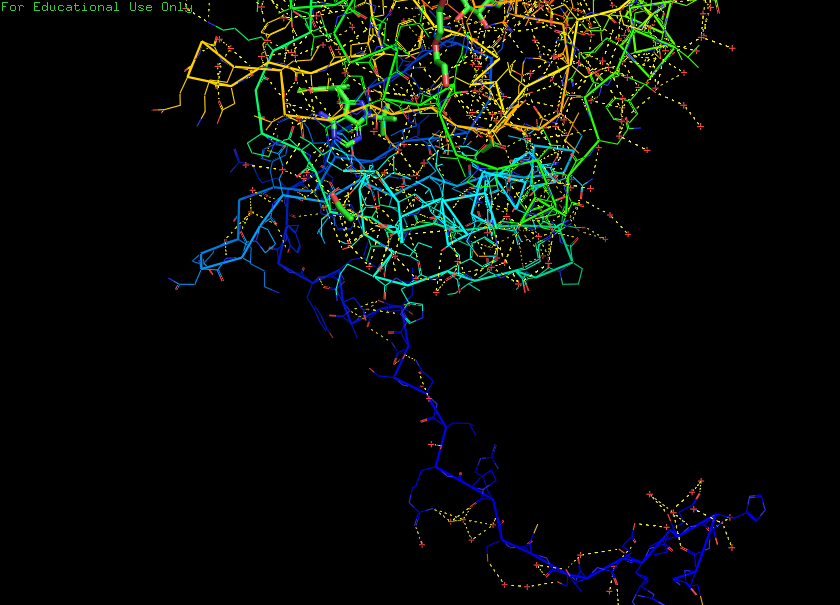
pymol, preset, technical